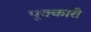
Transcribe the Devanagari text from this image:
पूक्कारी